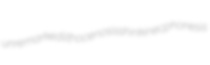
unremarked lithocenosis shinkin ecphonesis